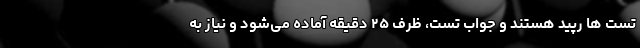
تست ها رپید هستند و جواب تست، ظرف ۲۵ دقیقه آماده می‌شود و نیاز به